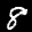
Label: 8